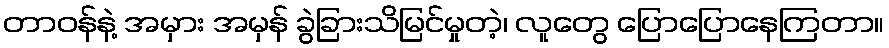
တာဝန်နဲ့ အမှား အမှန် ခွဲခြားသိမြင်မှုတဲ့၊ လူတွေ ပြောပြောနေကြတာ။